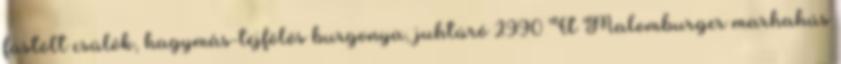
füstölt csülök, hagymás-tejfölös burgonya, juhtúró 2990 Ft Malomburger marhahús